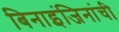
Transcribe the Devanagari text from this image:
बिनाइंजिनांची